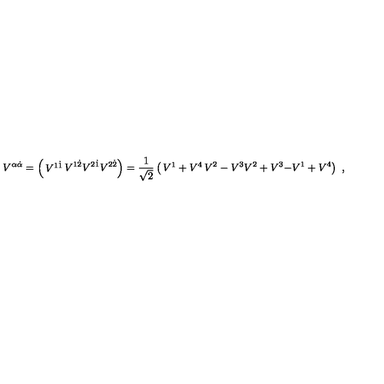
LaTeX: V ^ { \alpha \dot { \alpha } } = \left( \begin{matrix} { V ^ { 1 \dot { 1 } } } & { V ^ { 1 \dot { 2 } } } \\ { V ^ { 2 \dot { 1 } } } & { V ^ { 2 \dot { 2 } } } \\ \end{matrix} \right) = { \frac { 1 } { \sqrt 2 } } \left( \begin{matrix} { V ^ { 1 } + V ^ { 4 } } & { V ^ { 2 } - V ^ { 3 } } \\ { V ^ { 2 } + V ^ { 3 } } & { - V ^ { 1 } + V ^ { 4 } } \\ \end{matrix} \right) \ ,